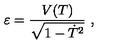
\varepsilon = { \frac { V ( T ) } { \sqrt { 1 - \dot { T } ^ { 2 } } } } \ ,